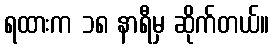
ရထားက ၁၈ နာရီမှ ဆိုက်တယ်။